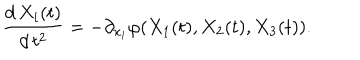
\frac { d \, X _ { i } ( t ) } { d \, t ^ { 2 } } = - \partial _ { x _ { i } } \varphi ( X _ { 1 } ( t ) , X _ { 2 } ( t ) , X _ { 3 } ( t ) ) .